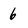
Character: 6